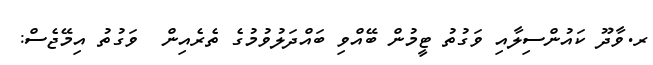
ރ.ވާދޫ ކައުންސިލާއި ވަގުތު ޓީމުން ބޭއްވި ބައްދަލުވުމުގެ ތެރެއިން  ވަގުތު އިމޭޖެސް: